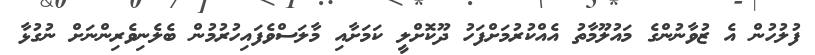
ފުލުހުން އެ ޒުވާނުންގެ މައުލޫމާތު އެއްކުރުމަށްފަހު ދޫކޮށްލީ ކަމަށާއި މާލަސްވެފައިހުރުމުން ބެލެނިވެރިންނަށް ނުގުޅާ